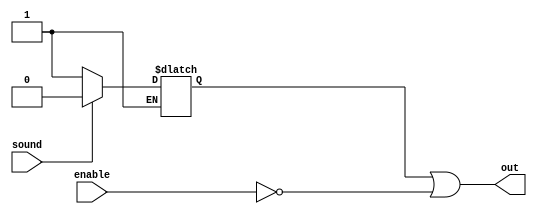
module Sound_Module(sound, out, enable);
	input sound;
	input enable;
	output out;
	
	reg sig;
	always@(*)
	begin
		if(~sound)
			sig = 1'b1;
		if (sound)
			sig = 1'b0;
	end
	assign out = sig || ~enable;
	
endmodule